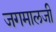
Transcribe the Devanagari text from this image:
जगमालजी